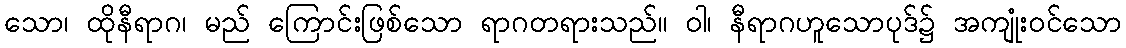
သော၊ ထိုနီရာဂ၊ မည် ကြောင်းဖြစ်သော ရာဂတရားသည်။ ဝါ၊ နီရာဂဟူသောပုဒ်၌ အကျုံးဝင်သော